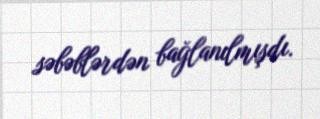
səbəblərdən bağlanılmışdı.